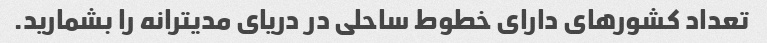
تعداد کشورهای دارای خطوط ساحلی در دریای مدیترانه را بشمارید.